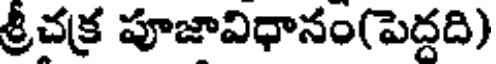
శ్రీచక్ర పూజావిధానం(పెద్దది)